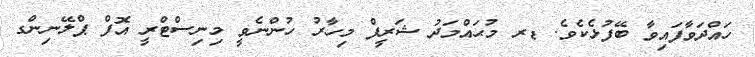
ހައްދަވާފައިވާ ބޭފުޅެކެވެ. ޑރ މުޙައްމަދު ޝަރީފް މިހާރު ހުންނެވީ މިނިސްޓްރީ އޮފް ޕްލޭނިންގ